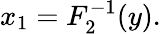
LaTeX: x_{1}=F_{2}^{-1}(y).